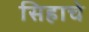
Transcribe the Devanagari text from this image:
सिहाचे